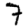
Digit: 7